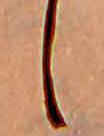
し